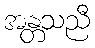
အန္တသညီ